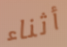
أثناء